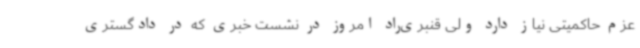
عزم حاکمیتی نیاز دارد ولی قنبری‌راد امروز در نشست خبری که در دادگستری